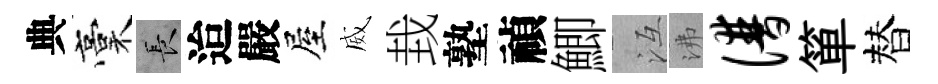
典稾长迨嚴屋威㘽塾禎鯽冱沸谱箪替